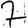
Digit: 7